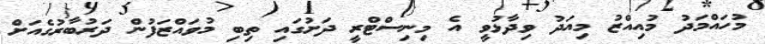
މުހައްމަދު މުއިއްޒު މިއަދު ވިދާޅުވީ އެ މިނިސްޓްރީ ދަށުގައި ތިބި މުވައްޒަފުން ދަރުބާރުގެއަށް